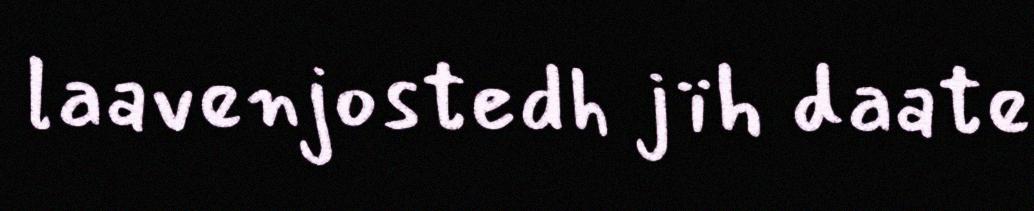
laavenjostedh jïh daate